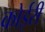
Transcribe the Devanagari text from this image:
कोईरी